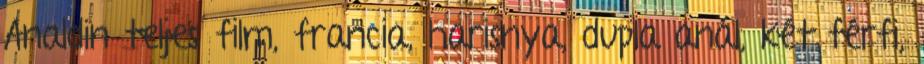
Analdin teljes film, francia, harisnya, dupla anál, két férfi,